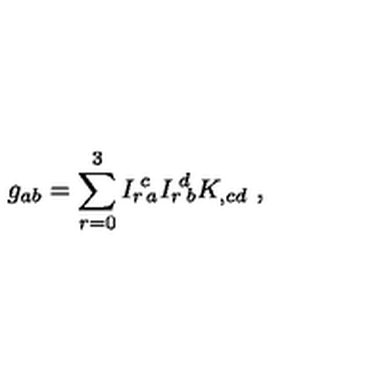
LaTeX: g _ { a b } = \sum _ { r = 0 } ^ { 3 } I _ { r } { \! } ^ { c } { \! } _ { a } I _ { r } { \! } ^ { d } { \! } _ { b } K _ { , c d } \ ,